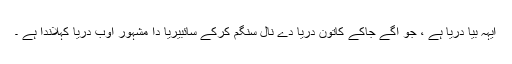
ایہہ بیا دریا ہے ، جو اگے جاکے کاتُون دریا دے نال سنگم کرکے سائبیریا دا مشہور اوب دریا کہلاندا ہے ۔